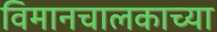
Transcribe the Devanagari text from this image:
विमानचालकाच्या